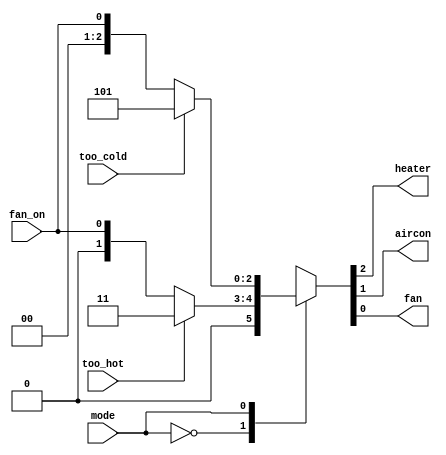
module top_module (
    input too_cold,
    input too_hot,
    input mode,
    input fan_on,
    output heater,
    output aircon,
    output fan
); 
    always @(*) begin
        case(mode)
            1'b0: {heater,aircon,fan} = (too_hot==1'b1)?3'b011:{2'b00,fan_on};
            1'b1: {heater,aircon,fan} = (too_cold==1'b1)?3'b101:{2'b00,fan_on};
            default: {heater,aircon,fan} = {2'b00,fan_on};
        endcase
    end

endmodule